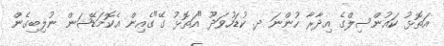
އަތޮޅު ކައުންސިލްގެ އިދާރާ ހުންނަ ދ. ކުޑަހުވަދޫ "އަތޮޅު ގޭ"ގެއިން އެކޮމަޑޭޝަން ނުލިބިގެން